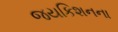
જયકિશનના